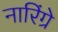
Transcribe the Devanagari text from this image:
नारिंग्रे